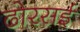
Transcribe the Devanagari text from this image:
ढोरसई